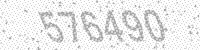
Solution: 576490